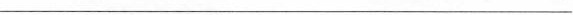
___